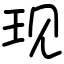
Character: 现